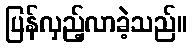
ပြန်လှည့်လာခဲ့သည်။